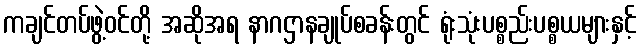
ကချင်တပ်ဖွဲ့ဝင်တို့ အဆိုအရ နာဂဌာနချုပ်စခန်းတွင် ရုံးသုံးပစ္စည်းပစ္စယများနှင့်